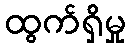
ထွက်ရှိမှု